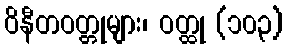
ဝိနီတဝတ္တုများ၊ ဝတ္ထု (၁၀၃)